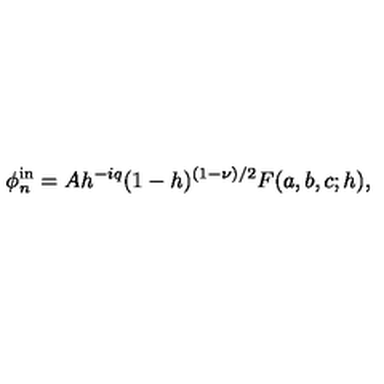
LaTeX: \phi _ { n } ^ { \mathrm { i n } } = A h ^ { - i q } ( 1 - h ) ^ { ( 1 - \nu ) / 2 } F ( a , b , c ; h ) ,